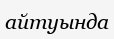
айтуында